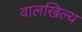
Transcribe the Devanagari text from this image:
वालखिल्‍य